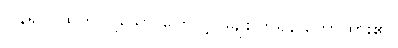
ပြန်၍လူထွက်ကြသော ကြောင့် မချစ်ကြရန် ဟောထား၏။